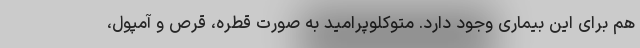
هم برای این بیماری وجود دارد. متوکلوپرامید به صورت قطره، قرص و آمپول،